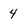
Character: 4